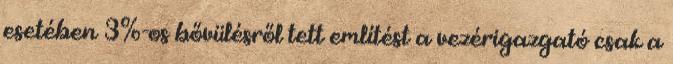
esetében 3%-os bővülésről tett említést a vezérigazgató csak a